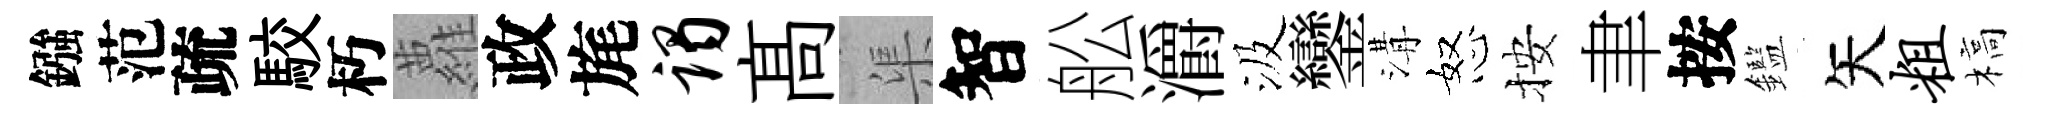
鏹范疏駮朽蘿政旄谒髙渠智舩灂汲鑾溝怒按聿按鑑矢粗槁